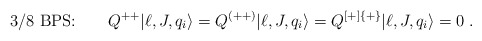
\begin{align*}\mbox{3/8 BPS:} \qquad Q^{++}|\ell, J, q_i\rangle = Q^{(++)}|\ell, J, q_i\rangle = Q^{[+]\{+\}}|\ell, J, q_i\rangle = 0\;.\end{align*}